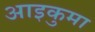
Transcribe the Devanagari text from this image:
आइकुमा